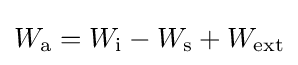
W_{\text{a}}=W_{\text{i}}-W_{\text{s}}+W_{\text{ext}}